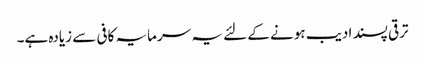
ترقی پسند ادیب ہونے کے لئے یہ سرمایہ کافی سے زیادہ ہے۔